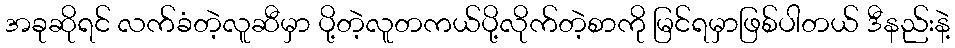
အခုဆိုရင် လက်ခံတဲ့လူဆီမှာ ပို့တဲ့လူတကယ်ပို့လိုက်တဲ့စာကို မြင်ရမှာဖြစ်ပါတယ် ဒီနည်းနဲ့